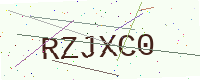
Text: RZJXC0